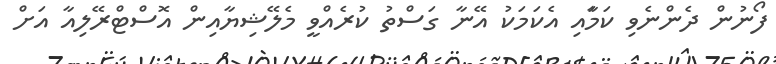
ފޯނުން ދެންނެވި ކަމަާއި އެކަމަކު އޭނާ ގަސްތު ކުރެއްވީ މެލޭޝިޔާއިން އޮސްޓްރޭލިއާ އަށް